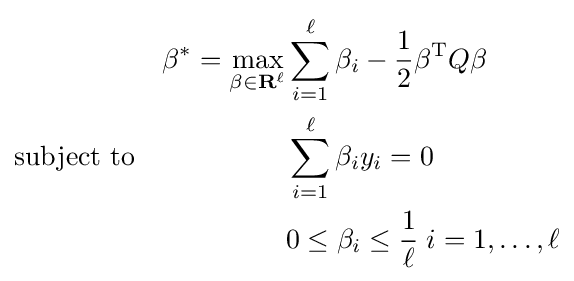
{\begin{aligned}&&\beta ^{*}=\max _{\beta \in \mathbf {R} ^{\ell }}&\sum _{i=1}^{\ell }\beta _{i}-{\frac {1}{2}}\beta ^{\mathrm {T} }Q\beta \\&{\text{subject to}}&&\sum _{i=1}^{\ell }\beta _{i}y_{i}=0\\&&&0\leq \beta _{i}\leq {\frac {1}{\ell }}\;i=1,\ldots ,\ell \end{aligned}}